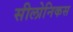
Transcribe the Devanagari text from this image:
सीलोनिकस